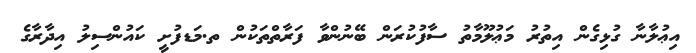
އިޢުލާނާ ގުޅިގެން އިތުރު މަޢުލޫމާތު ސާފުކުރަން ބޭނުންވާ ފަރާތްތަކުން ތ.މަޑފުށީ ކައުންސިލު އިދާރާގެ